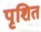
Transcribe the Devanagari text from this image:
पृशित